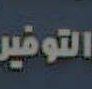
التوفير